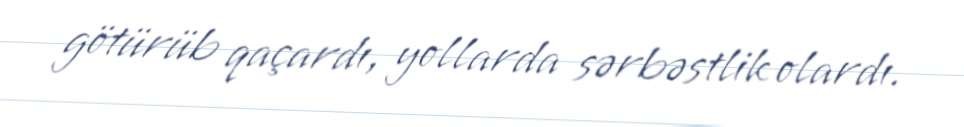
götürüb qaçardı, yollarda sərbəstlik olardı.